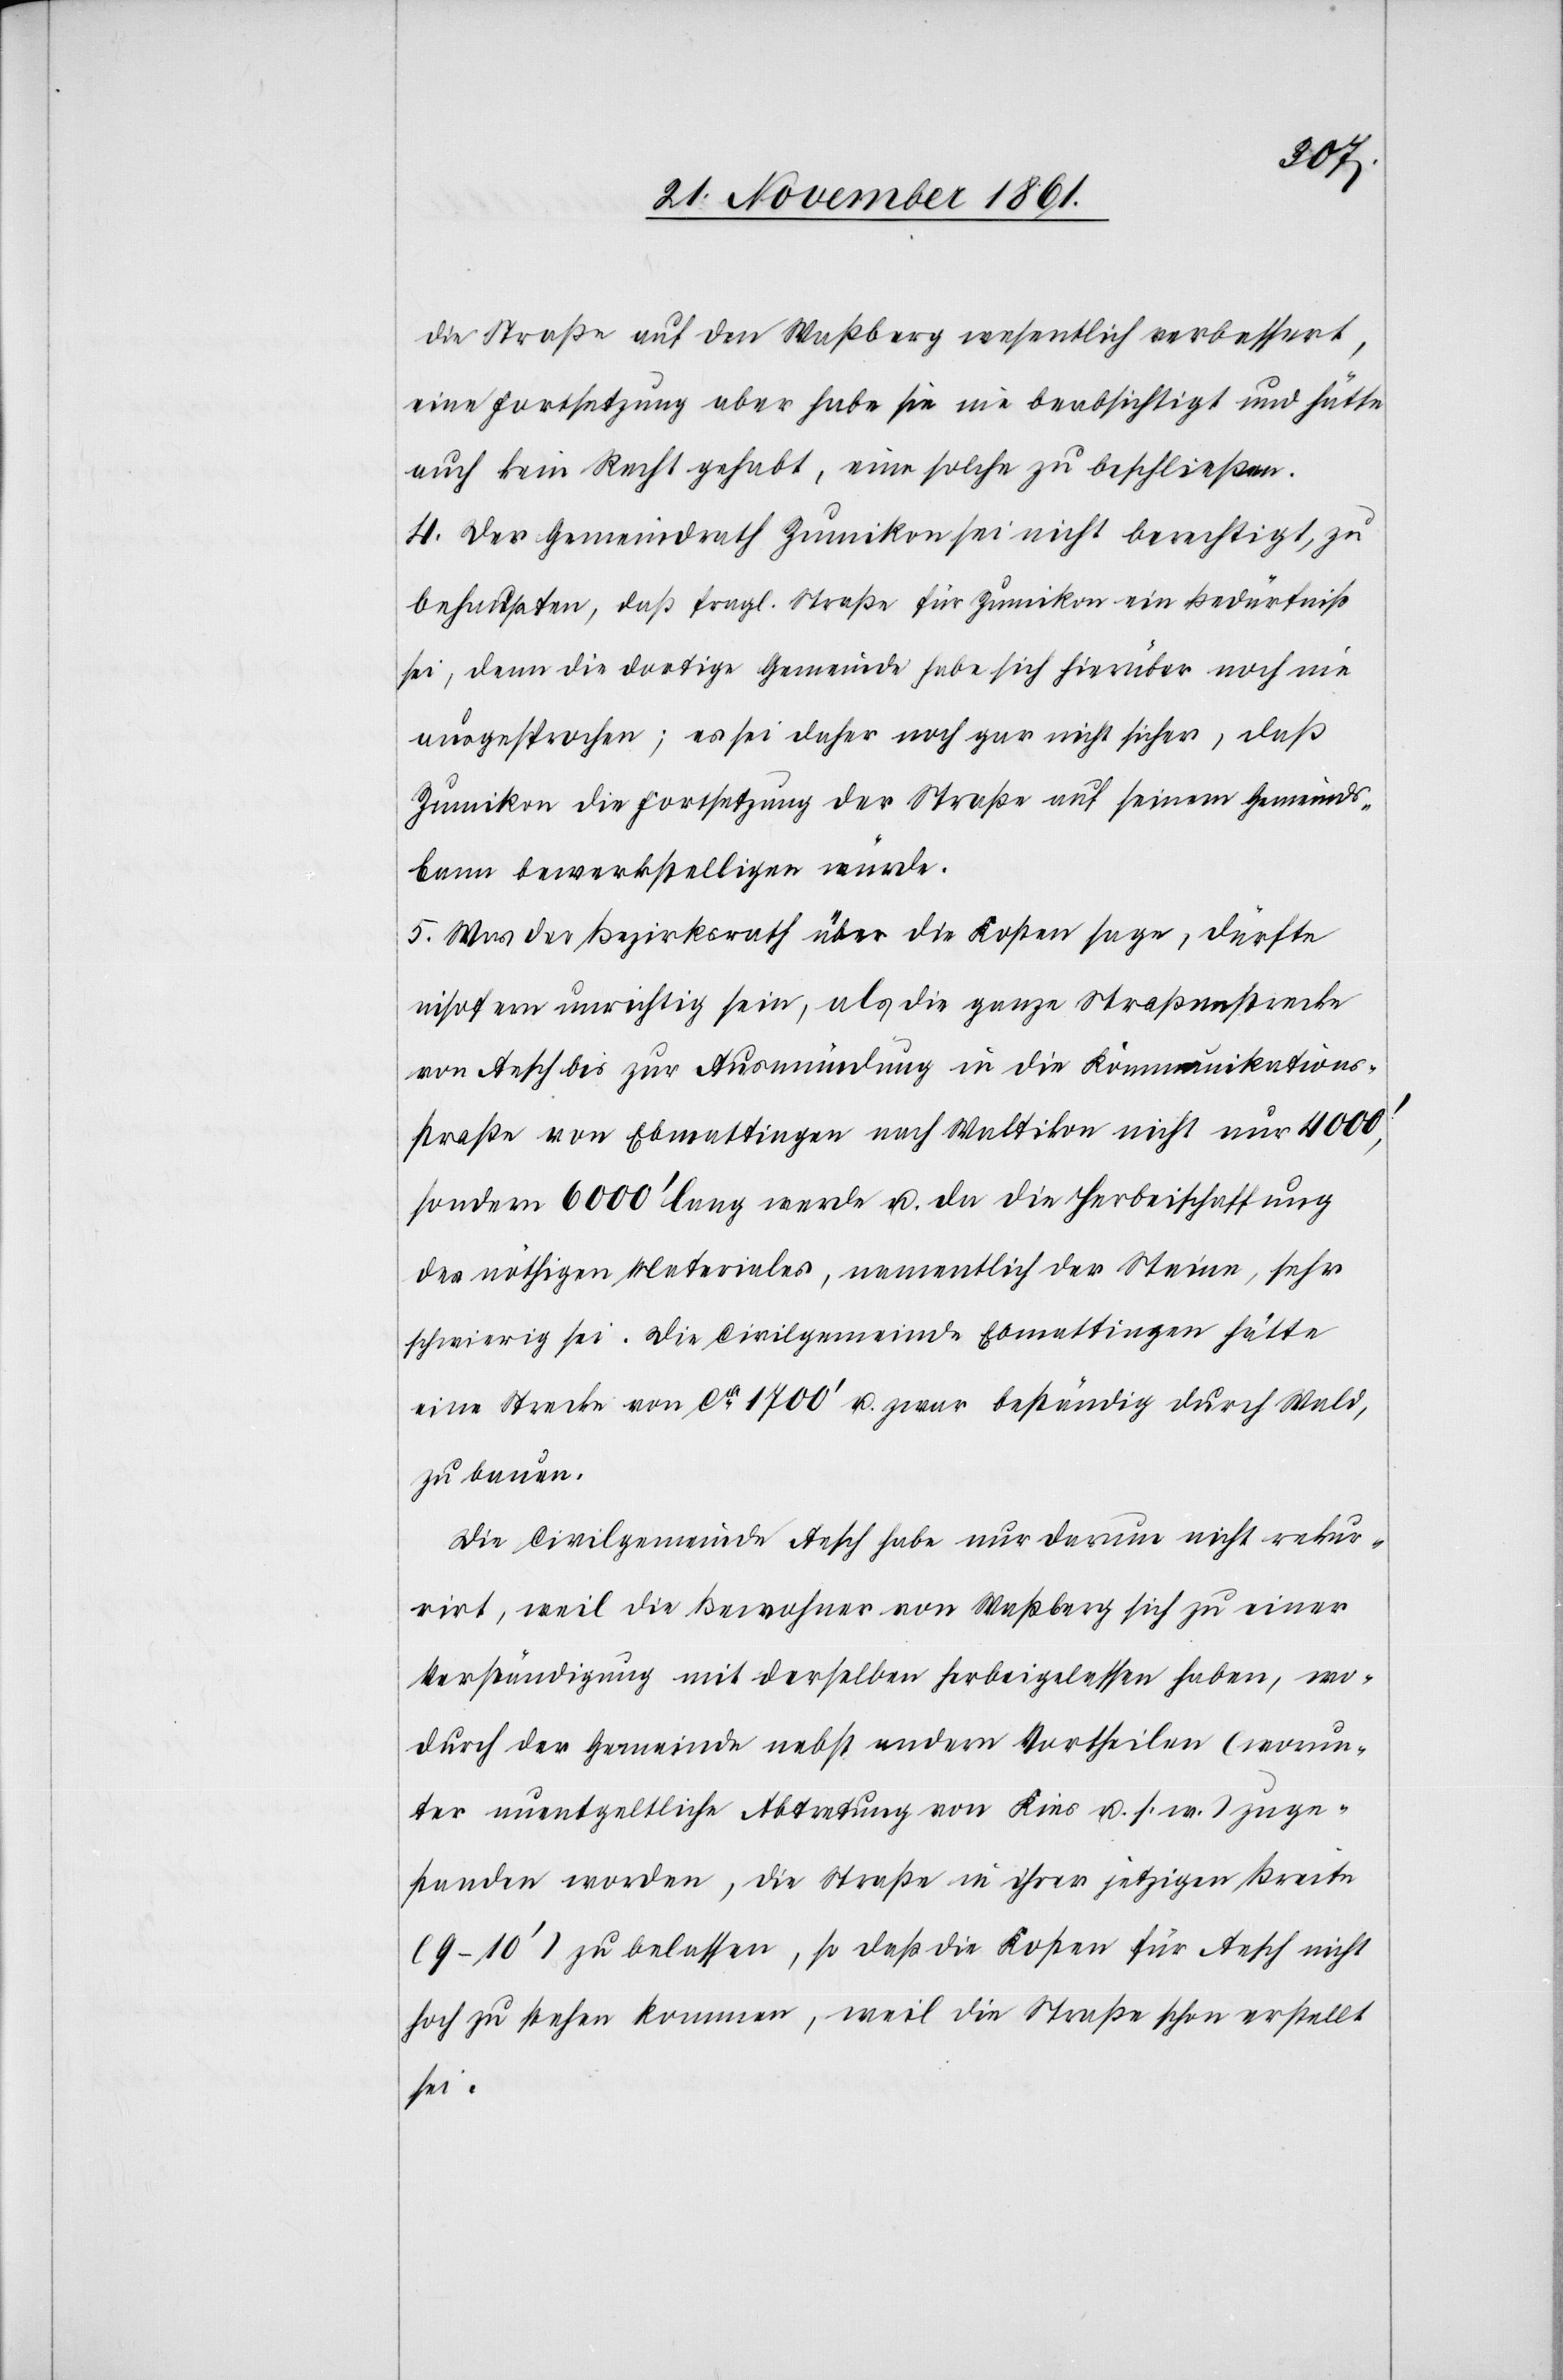
die Straße auf den Waßberg wesentlich verbessert,
eine Fortsetzung aber habe sie nie beabsichtigt und hätte
auch kein Recht gehabt, eine solche zu beschließen.
4. Der Gemeindrath Zumikon sei nicht berechtigt, zu
behaupten, daß fragl. Straße für Zumikon ein Bedürfniß
sei, denn die dortige Gemeinde habe sich hierüber noch nie
ausgesprochen; es sei daher noch gar nicht sicher, daß
Zumikon die Fortsetzung der Straße auf seinem Gemeinds¬
banne bewerkstelligen würde.
5. Was der Bezirksrath über die Kosten sage, dürfte
insofern unrichtig sein, als die ganze Straßenstrecke
von Aesch bis zur Ausmündung in die Kommunikations¬
straße von Ebmattingen nach Weltikon nicht nur 4000’,
sondern 6000’ lang werde u. da die Herbeischaffung
des nöthigen Materials, namentlich der Steine, sehr
schwierig sei. Die Civilgemeinde Ebmattingen hätte
eine Strecke von ca 1700’ u. zwar beständig durch Wald
zu bauen.
Die Civilgemeinde Aesch habe nur darum nicht rekur¬
rirt, weil die Bewohner von Waßberg sich zu einer
Verständigung mit derselben herbeigelassen haben, wo¬
durch der Gemeinde nebst andern Vortheilen (worun¬
ter unentgeldliche Abtretung von Kies u. s. w.) zuge¬
standen worden, die Straße in ihrer jetzigen Breite
(9–10’) zu belassen, so daß die Kosten für Aesch nicht
hoch zu stehen kommen, weil die Straße schon erstellt
sei.